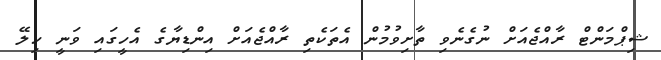
ޝިޕްމަންޓް ރާއްޖެއަށް ނުގެނެވި ތާށިވުމުން އެތަކެތި ރާއްޖެއަށް އިންޑިޔާގެ އެހީގައި ވަނީ ހިލޭ